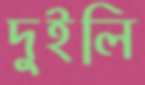
দুইলি